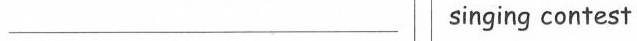
___ singing contest